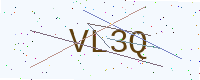
Text: VL3Q